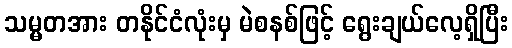
သမ္မတအား တနိုင်ငံလုံးမှ မဲစနစ်ဖြင့် ရွေးချယ်လေ့ရှိပြီး